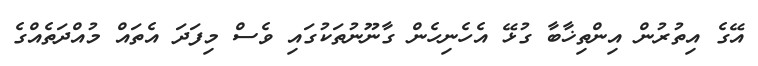
އޭގެ އިތުރުން އިންތިޚާބާ ގުޅޭ އެހެނިހެން ގާނޫނުތަކުގައި ވެސް މިފަދަ އެތައް މުއްދަތެއްގެ